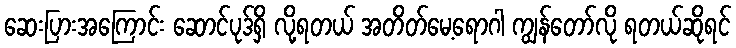
ဆေးပြားအကြောင်း ဆောင်ပုဒ်ရှိ လို့ရတယ် အတိတ်မေ့ရောဂါ ကျွန်တော်လို ရတယ်ဆိုရင်